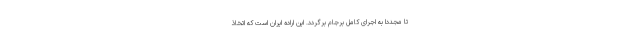
تا مجدداً به اجرای کامل برجام برگردد. این اراده ایران است که اتخاذ